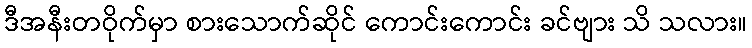
ဒီအနီးတဝိုက်မှာ စားသောက်ဆိုင် ကောင်းကောင်း ခင်ဗျား သိ သလား။